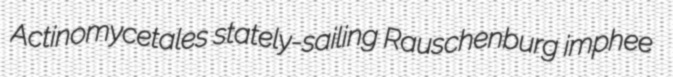
Actinomycetales stately-sailing Rauschenburg imphee